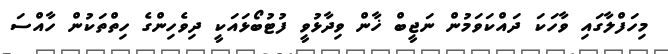
މިހަފްލާގައި ވާހަކަ ދައްކަވަމުން ނަޖީބް ޚާން ވިދާޅުވީ ފުޓުބޯޅައަކީ ދިވެހިންގެ ހިތްތަކުން ހާއްސަ